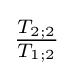
{\tfrac {T_{2;2}}{T_{1;2}}}